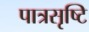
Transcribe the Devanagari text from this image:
पात्रसृष्टि